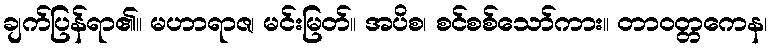
ချက်ပြန်ရာ၏။ မဟာရာဇ၊ မင်းမြတ်။ အပိစ၊ စင်စစ်သော်ကား။ တာဝတ္တကေန၊